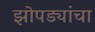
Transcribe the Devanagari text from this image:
झोपड्यांचा